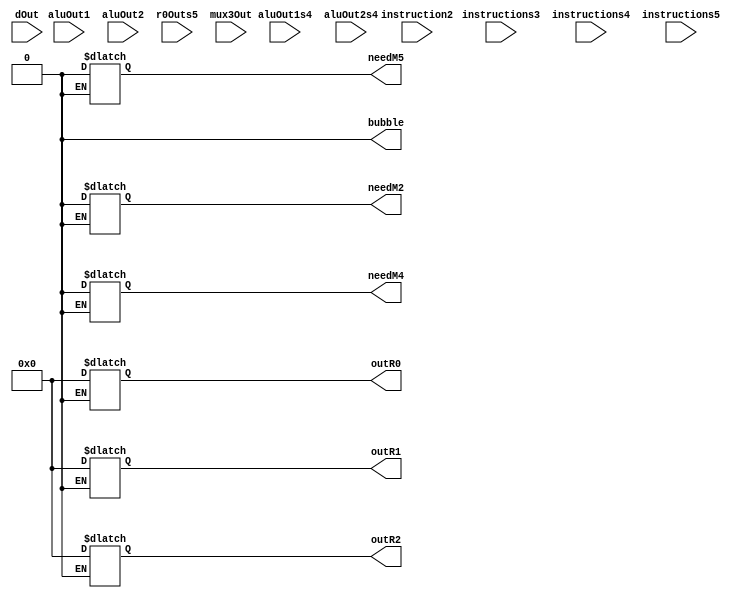
module registerForwarding(instruction2, instructions3, instructions4, instructions5, 
							aluOut1, aluOut2, 
							dOut, aluOut1s4, aluOut2s4,
							r0Outs5, mux3Out,
							outR1, outR2, outR0, needM2, needM4, needM5,
							bubble);
	input[15:0] instruction2, instructions3, instructions4, instructions5;
	input[15:0] aluOut1,aluOut2;
	input[15:0] dOut, aluOut1s4, aluOut2s4;
	input[15:0] r0Outs5, mux3Out;
	
	output reg [15:0] outR1, outR2, outR0;
	output reg needM2, needM4, needM5, bubble;
	
	always@(*)
	begin
		if((instruction2[15:12] == "0100")|(instruction2[15:12] == "0101")|(instruction2[15:12] == "0110")|(instruction2[15:12] == "0000")|(instruction2[15:12] == "1000"))//branch
		//op1 forwarding
		begin
			if((instructions3[15:12]=="0000")&(instruction2[11:8]==instructions3[11:8]))//s3
			begin
				outR1 = aluOut1;
				needM2 = 1;
			end
			
			else if((instructions4[15:12]=="0000")&(instruction2[11:8]==instructions4[11:8]))//s4
			begin 
				outR1 = aluOut1s4;
				needM2 = 1;
			end
			else if((instructions4[15:12]=="1000")&(instruction2[11:8]==instructions4[11:8]))
			begin
				outR1 = dOut;
				needM2 = 1;
			end
			
			
			else if(((instructions5[15:12]=="0000")||(instructions5[15:12]=="1000"))&(instruction2[11:8]==instructions5[11:8]))//s5
			begin
				outR1 = mux3Out;
				needM2 = 1;
			end
				
			else if((instruction2[11:8] == "0000")&((instructions3[15:12]=="0000")&((instructions3[3:0]=="0001")|(instructions3[3:0]=="0010"))))
			begin
				needM2 = 1;
				outR1 = aluOut2;
			end
			else if((instruction2[11:8] == "0000")&((instructions4[15:12]=="0000")&((instructions4[3:0]=="0001")|(instructions4[3:0]=="0010"))))
			begin
				needM2 = 1;
				outR1 = aluOut2s4;
			end
			else if((instruction2[11:8] == "0000")&((instructions5[15:12]=="0000")&((instructions5[3:0]=="0001")|(instructions5[3:0]=="0010"))))
			begin
				needM2 = 1;
				outR1 = r0Outs5;
			end
			begin
				outR1 = 0;
				needM2 = 0;
			end
			
			
			
			
		end
		
		
		// r2
		if(((instruction2[15:12]=="0000")&(!(instruction2[3:0]=="1010"))&(!(instruction2[3:0]=="1011"))&(!(instruction2[3:0]=="1000"))&(!(instruction2[3:0]=="1001")))|(instruction2[15:12]=="1000")|(instruction2[15:12]=="1011"))
		begin
			//i know it uses op2
			//check if anyone who writes to registers if the destination is op2...aka check op1
			if((instructions3[15:12]=="0000")&(instruction2[7:4]==instructions3[11:8]))//s3
			begin
				outR2 = aluOut1;
				needM4 = 1;
			end
			else if((instructions3[15:12]=="1000")&(instruction2[7:4]==instructions3[11:8]))
			begin
				//bubble
			end
			
			
			else if((instructions4[15:12]=="0000")&(instruction2[7:4]==instructions4[11:8]))//s4
			begin 
				outR2 = aluOut1s4;
				needM4 = 1;
			end
			else if((instructions4[15:12]=="1000")&(instruction2[7:4]==instructions4[11:8]))
			begin
				outR2 = dOut;
				needM4 = 1;
			end
			
			
			else if(((instructions5[15:12]=="0000")||(instructions5[15:12]=="1000"))&(instruction2[7:4]==instructions5[11:8]))//s5
			begin
				outR2 = mux3Out;
				needM4 = 1;
			end
			
			
			
			else if((instruction2[7:4] == "0000")&((instructions3[15:12]=="0000")&((instructions3[3:0]=="0001")|(instructions3[3:0]=="0010"))))
			begin
				needM4 = 1;
				outR2 = aluOut2;
			end
			else if((instruction2[7:4] == "0000")&((instructions4[15:12]=="0000")&((instructions4[3:0]=="0001")|(instructions4[3:0]=="0010"))))
			begin
				needM4 = 1;
				outR2 = aluOut2s4;
			end
			else if((instruction2[7:4] == "0000")&((instructions5[15:12]=="0000")&((instructions5[3:0]=="0001")|(instructions5[3:0]=="0010"))))
			begin
				needM4 = 1;
				outR2 = r0Outs5;
			end
			
			
			else
			begin
				outR2 = 0;
				needM4 = 0;
			end
		end
		
		
		
		
		if((instruction2[15:12]=="0100")|(instruction2[15:12]=="0101")|(instruction2[15:12]=="0110"))
		begin
			if(instructions3[15:12]=="0000")
			begin
				if((instructions3[3:0]=="0001")|(instructions3[3:0]=="0001"))
				begin
					needM5 = 1;
					outR0 = aluOut2;					
				end
				else if(instructions3[11:8]=="0000")
				begin
					needM5 = 1;
					outR0 = aluOut1;
				end		
				else
				begin
					needM5=0;
					outR0 = 0;
				end
			end
			else if(instructions4[15:12]=="0000")
			begin
				if((instructions4[3:0]=="0001")|(instructions4[3:0]=="0001"))
				begin
					needM5 = 1;
					outR0 = aluOut2s4;					
				end
				else if(instructions4[11:8]=="0000")
				begin
					needM5 = 1;
					outR0 = aluOut1s4;
				end		
				else
				begin
					needM5=0;
					outR0 = 0;
				end
			end
			else if(instructions5[15:12]=="0000")
			begin
				if((instructions5[3:0]=="0001")|(instructions5[3:0]=="0001"))
				begin
					needM5 = 1;
					outR0 = r0Outs5;					
				end
				else if(instructions5[11:8]=="0000")
				begin
					needM5 = 1;
					outR0 = r0Outs5;
				end		
				else
				begin
					needM5 = 0;
					outR0 = 0;
				end
			end
			else if((instructions3[15:12]=="1000")&(instructions3[11:8]=="0000"))
			begin
				//wait bubble
			end
			else if((instructions4[15:12]=="1000")&(instructions4[11:8]=="0000"))
			begin
				needM5 = 1;
				outR0 = dOut;
			end
			else if((instructions5[15:12]=="1000")&(instructions5[11:8]=="0000"))
			begin
				needM5 = 1;
				outR0 = mux3Out;
			end
			else
			begin
				needM5 = 0;
				outR0 = 0;
			end
		end
		//bubble control
		if(((instruction2[15:12]=="0100")|(instruction2[15:12]=="0101")|(instruction2[15:12]=="0110"))&((instructions3[15:12]=="1000")&(instructions3[11:8]=="0000")))
		begin
			bubble =1;
		end
		else if((((instruction2[15:12]=="0000")&(!(instruction2[3:0]=="1010"))&(!(instruction2[3:0]=="1011"))&(!(instruction2[3:0]=="1000"))&(!(instruction2[3:0]=="1001")))|(instruction2[15:12]=="1000")|(instruction2[15:12]=="1011"))&((instructions3[15:12]=="1000")&(instruction2[7:4]==instructions3[11:8])))
		begin
			bubble =1;
		end
		else if(((instruction2[15:12] == "0100")|(instruction2[15:12] == "0101")|(instruction2[15:12] == "0110")|(instruction2[15:12] == "0000")|(instruction2[15:12] == "1000"))&((instructions3[15:12]=="1000")&(instruction2[11:8]==instructions3[11:8])))
		begin
			bubble =1;
		end
		else
		begin
			bubble =0;
		end
		
		
		//lastly check r0 who uses r0... everyone can except jump... do i assume that only mult and div can write to r0?
		
		
		
		
	end
endmodule